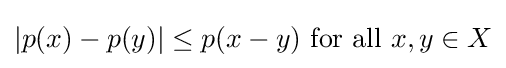
|p(x)-p(y)|\leq p(x-y){\text{ for all }}x,y\in X